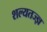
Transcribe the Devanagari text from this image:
शल्यतज्‍ज्ञ